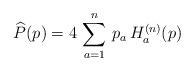
LaTeX: \begin{align*} \widehat P(p)=4\,\sum_{a=1}^n\,p_a\,H_a^{(n)}(p)\end{align*}